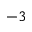
^ { - 3 }